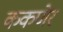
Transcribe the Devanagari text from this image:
ककणेर